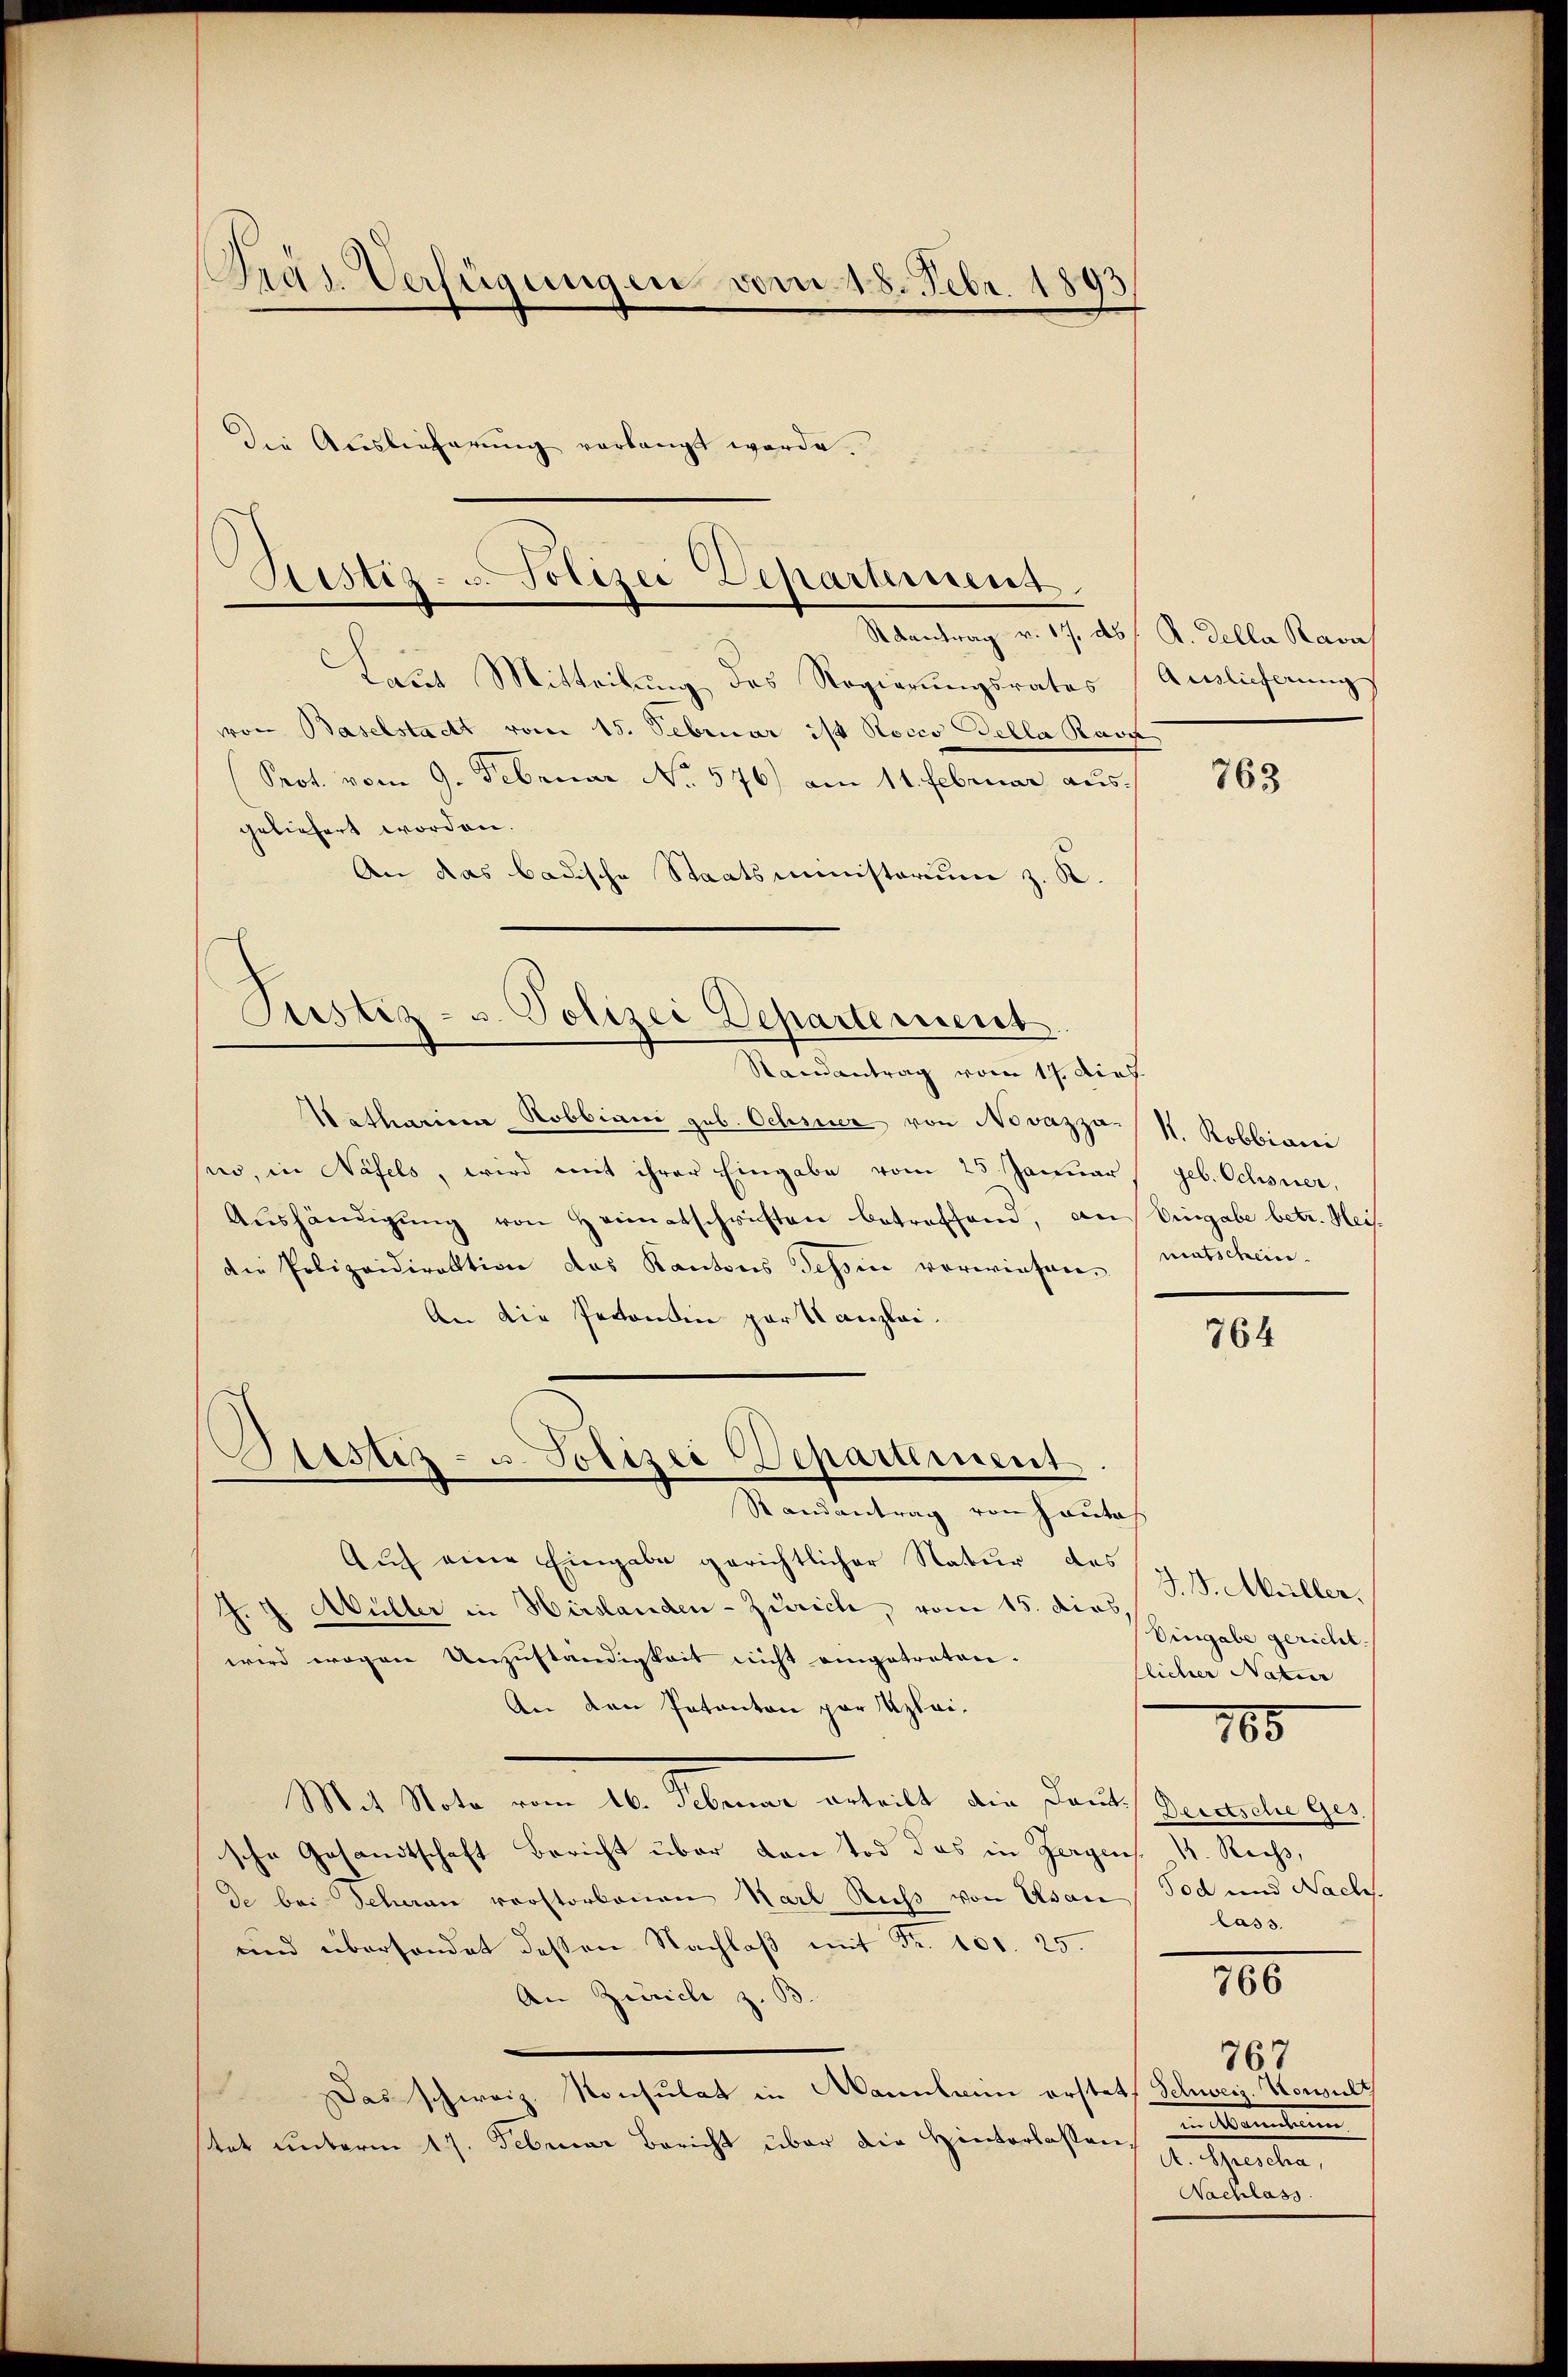
Präs. Verfügungen vom 18. Febr. 180

Die Auslieferŭng verlangt werde.

Justiz- u. Polizei Departement.
Raantrag v. 17. ds. s. R. della Rava

Laut Mitteilung des Regierungsrates
von Baselstadtt vom 15. Februar ist Rocco della Rast
Prot. vom 9. Februar No. 576) am 11. Februar ausgeliefert worden.
An das badische Staatsministerium z. R.

Justiz- u. Polizei Departement
Randantrag vom 17. dies

Katharina Hobbiani geb. Ochsner von Novazza S. Robbiani
sen, in Näfels, wird mit ihrer Eingabe vom 25. Januar geb. Ochsner,
Aushändigung von Heimatschriften betreffend, aus Eingabe betr. Heisdie Polizeidirektion des Kantons Tessin verwiesen.
An die Pectonin par Kanzlei.
Auf eine Eingabe gerichtlicher Natur des
J. J. Müller in Hirslanden-Zürich, vom 15. dies,
wird wegen Unzuständigkeit nicht eingetreten.
An den Patanton par Uzlai¬
Mit State vom 10. Kleine erteilt, die Danks Sanitäten ge
sche Gesandtschaft Bericht über den Tod das in Zeigens. 1. Rechs,
de bei Scheran verstorbenen Karl Russ von Usan Tod und Nach.
und überhandet dessen Nachlaβ mit Fr. 101. 25.
An Zürich z. B.
 Das schweiz. Konsulat in Mannlein erstatt Schweis. Konsult
stet unterm 17. Februar Bericht über die Hinterlassen,

Justiz- u. Polizei Departement.
Randantrag von Hautes

Auslieferung

763

matschein.

764

J. J. Müller.
Eingabe gericht.
flicher Natur
lass.

785

100
767

in Marienten
Authenten,
Nachlass